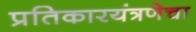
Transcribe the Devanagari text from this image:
प्रतिकारयंत्रणेचा